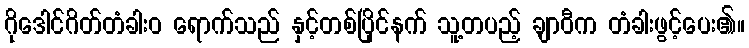
ဂိုဒေါင်ဂိတ်တံခါးဝ ရောက်သည် နှင့်တစ်ပြိုင်နက် သူ့တပည့် ချာဝီက တံခါးဖွင့်ပေး၏။